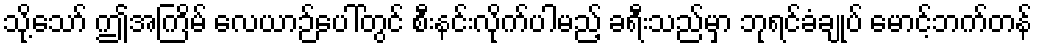
သို့သော် ဤအကြိမ် လေယာဉ်ပေါ်တွင် စီးနင်းလိုက်ပါမည့် ခရီးသည်မှာ ဘုရင်ခံချုပ် မောင့်ဘက်တန်